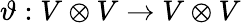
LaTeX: \vartheta:V\otimes V\to V\otimes V